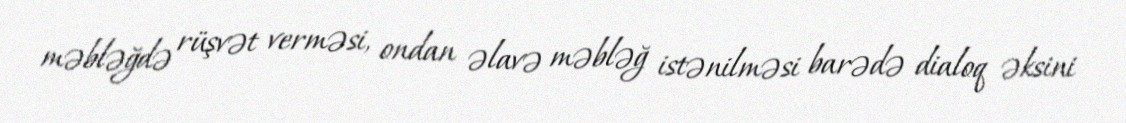
məbləğdə rüşvət verməsi, ondan əlavə məbləğ istənilməsi barədə dialoq əksini